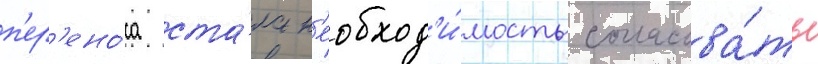
п'ер'ено́са ста́ла н'еобход'и́мость согласова́ть